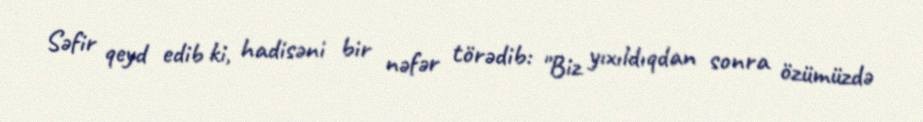
Səfir qeyd edib ki, hadisəni bir nəfər törədib: "Biz yıxıldıqdan sonra özümüzdə